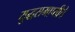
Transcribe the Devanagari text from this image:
युद्धसमाप्तीचे